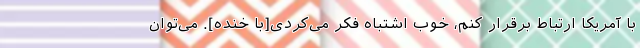
با آمریکا ارتباط برقرار کنم، خوب اشتباه فکر می‌کردی[با خنده]. می‌توان